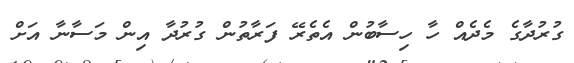
ގުރުދާގެ މެދެއް ހާ ހިސާބުން އެތެރޭ ފަރާތުން ގުރުދާ އިން މަސާނާ އަށް